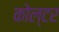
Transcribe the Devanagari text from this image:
कोल्टर